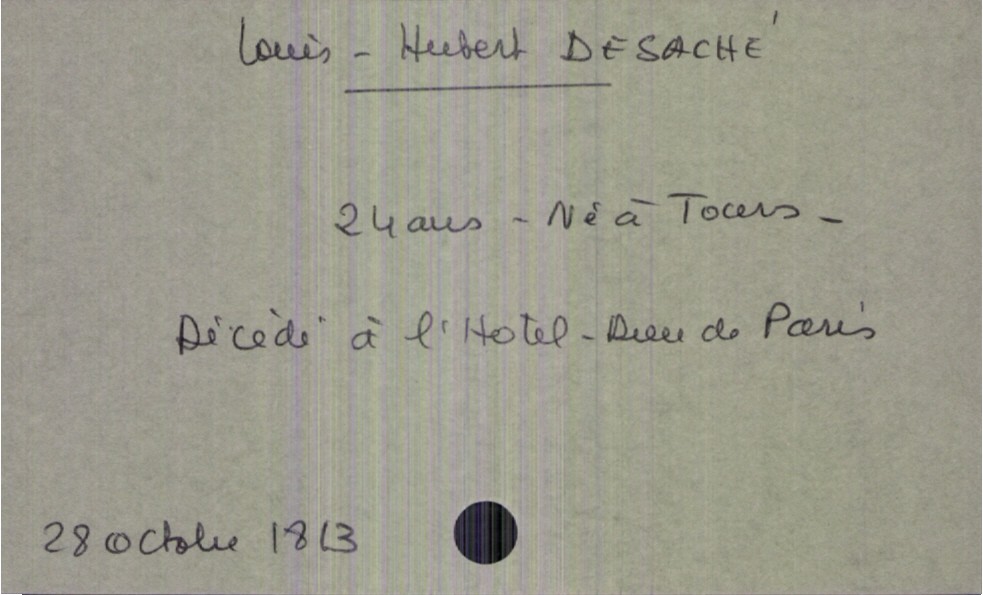
type_acte: Décès
année: 1813
mois: octobre
jour: 28
défunt_nom: Desaché
défunt_prénom: Louis-Hubert
défunt_sexe: H
défunt_âge: 24 ans
défunt_lieu_de_naissance: Tours